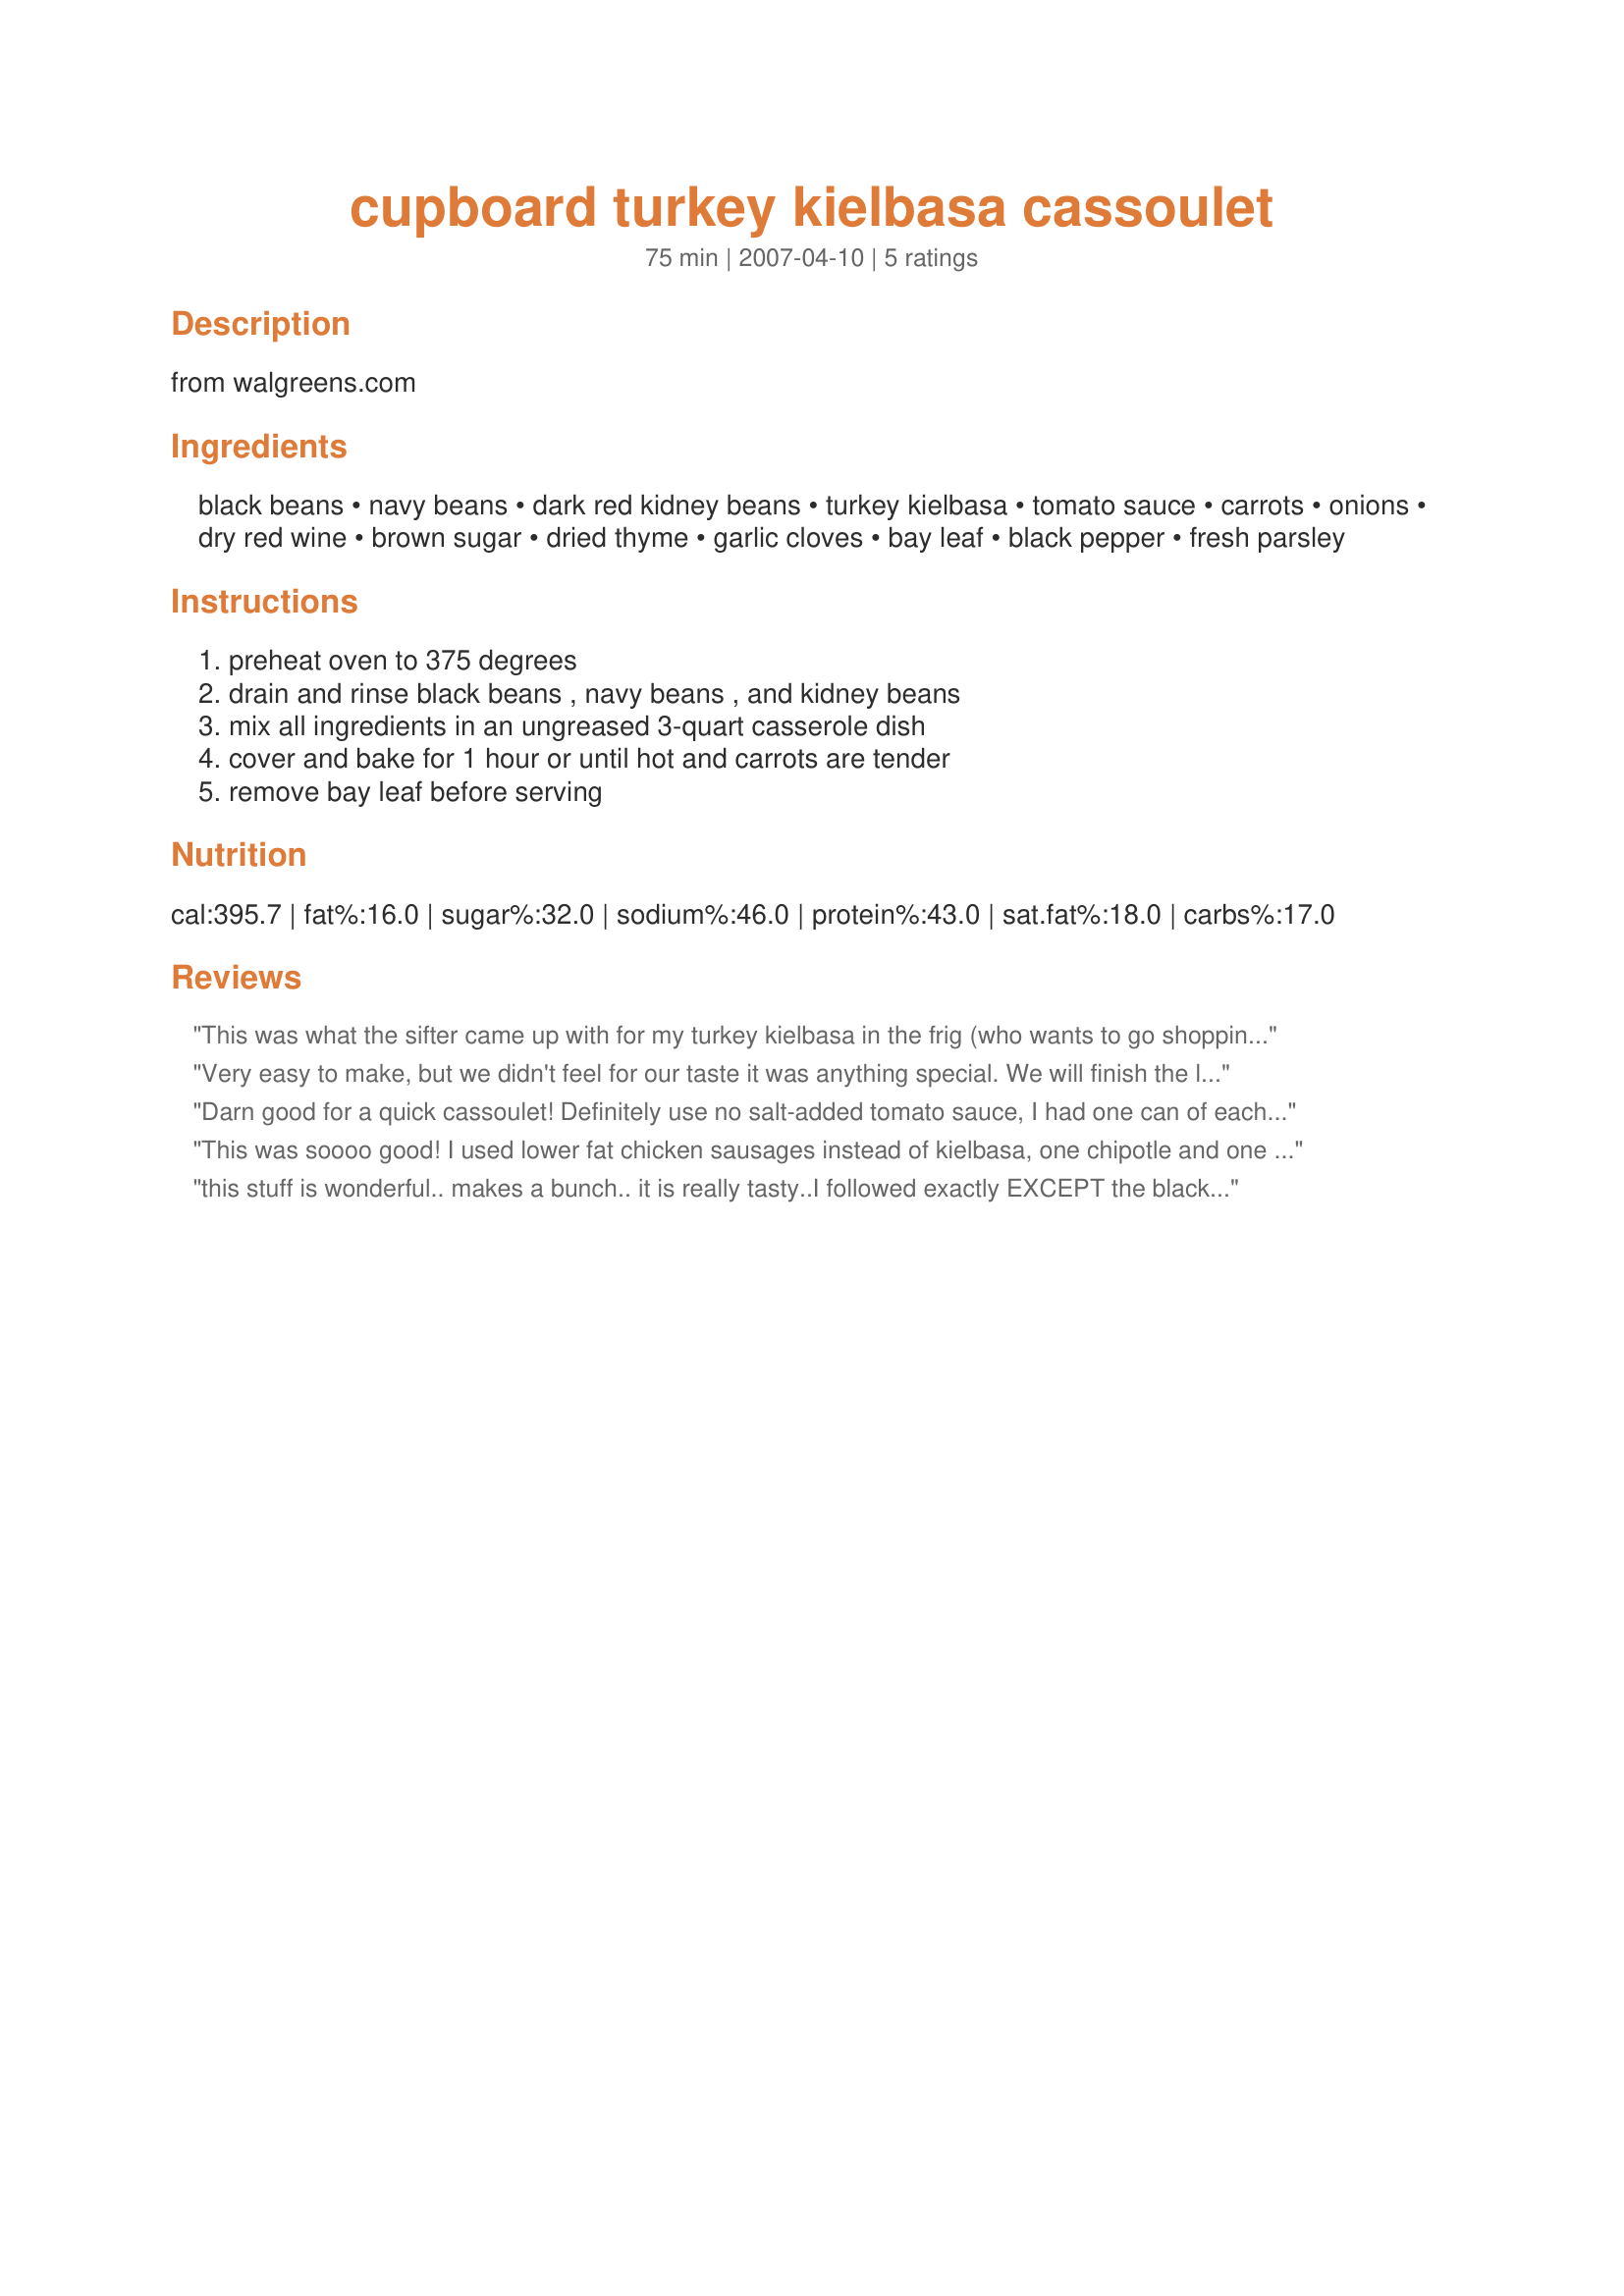
cupboard turkey kielbasa cassoulet
Preparation time: 75 minutes

from walgreens.com

Ingredients:
black beans, navy beans, dark red kidney beans, turkey kielbasa, tomato sauce, carrots, onions, dry red wine, brown sugar, dried thyme, garlic cloves, bay leaf, black pepper, fresh parsley

Steps:
preheat oven to 375 degrees, drain and rinse black beans , navy beans , and kidney beans, mix all ingredients in an ungreased 3-quart casserole dish, cover and bake for 1 hour or until hot and carrots are tender, remove bay leaf before serving

Reviews:
This was what the sifter came up with for my turkey kielbasa in the frig (who wants to go shopping in the rain) but WHO WOULD HAVE GUESSED "Chef Walgreens" pulled off 5 Stars? Seriously, this is REALLY good, makes your house smell TERRIFIC and packs a punch as far as low cost and nutrition per serving. Try it!
Very easy to make, but we didn't feel for our taste it was anything special. We will finish the leftovers, just won't make again.
Darn good for a quick cassoulet! Definitely use no salt-added tomato sauce, I had one can of each and it got pretty salty. Mine also turned out kind of dry so I added a little water after it was finished. Otherwise, great!
This was soooo good! I used lower fat chicken sausages instead of kielbasa, one chipotle and one regular, and the spiciness was perfect. I halved the sugar, doubled the garlic, and used cannelini beans instead of black beans (since it seemed to fit better to me). I also garnished with fresh parsley, instead of cooking it into the cassoulet. It tasted rich (even though it is not) and was so delicious!
this stuff is wonderful..
makes a bunch..
it is really tasty..I followed exactly EXCEPT the black beans(was out) so I subbed a can of butter beans..
loved it..will use black next time
to get the "real feel" but gosh this is good
